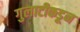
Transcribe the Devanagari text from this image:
गुलाटीकडून